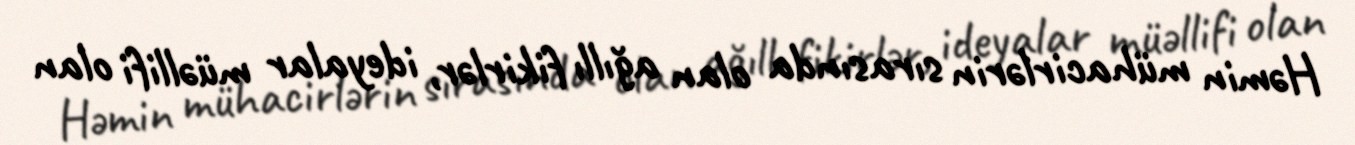
Həmin mühacirlərin sırasında olan ağıllı fikirlər, ideyalar müəllifi olan